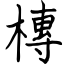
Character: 槫